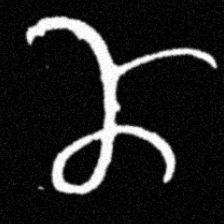
Pyu character \u2014 Myanmar letter: ဏ (romanized: nna)